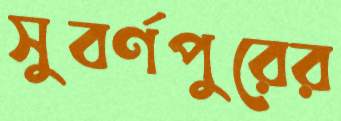
সুবর্ণপুরের